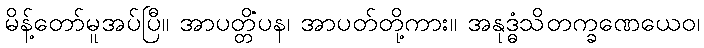
မိန့်တော်မူအပ်ပြီ။ အာပတ္တိံပန၊ အာပတ်တို့ကား။ အနုဒ္ဓံသိတက္ခဏေယေဝ၊